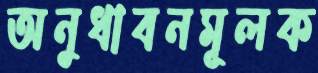
অনুধাবনমূলক